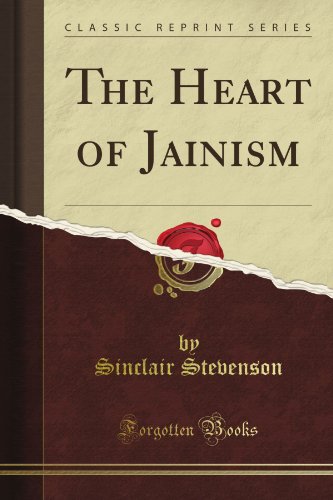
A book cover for The Heart of Jainism (Classic Reprint); Sinclair Stevenson; Religion & Spirituality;